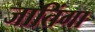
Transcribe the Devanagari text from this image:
जातिंगा